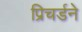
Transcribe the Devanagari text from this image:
प्रिचर्डने